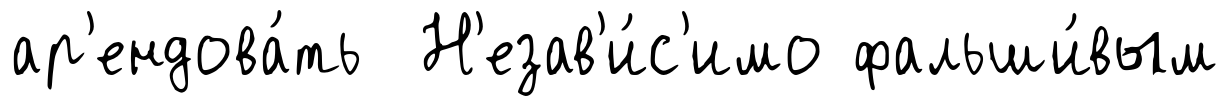
ар'ендова́ть Н'езав'и́с'имо фальши́вым